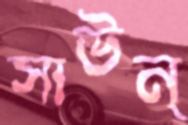
সাউন্